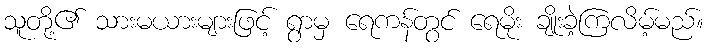
သူတို့၏ သားမယားများဖြင့် ရွာမှ ရေကန်တွင် ရေမိုး ချိုးခဲ့ကြလိမ့်မည်။